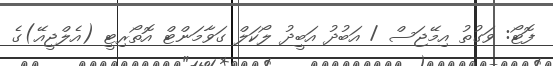
ފޮޓޯ: ވަގުތު އިމޭޖަސް / އަބުދު އަބީދު ލޯކަލް ގަވާމަންޓް އޮތޯރިޓީ (އެލްޖީއޭ)ގެ